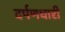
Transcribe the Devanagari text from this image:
दर्पणधारी